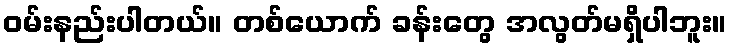
ဝမ်းနည်းပါတယ်။ တစ်ယောက် ခန်းတွေ အလွတ်မရှိပါဘူး။